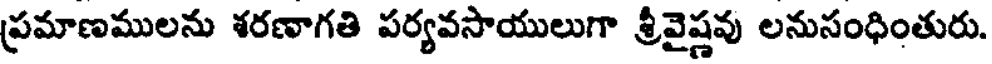
ప్రమాణములను శరణాగతి పర్యవసాయులుగా శ్రీవైష్ణవు లనుసంధింతురు.